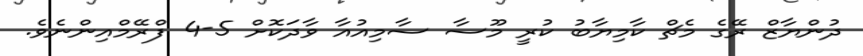
ދުންޔާޒް ރޭގެ މެޗް ކާމިޔާބު ކުރީ މޫސާ ސާމިއުއާ ވާދަކޮށް 5-4 ފްރޭމްއިންނެވެ.